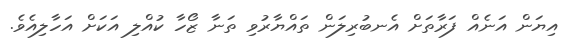
އިޔަން އަނެއް ފަރާތަށް އެނބުރިލަން ތައްޔާރުވި ތަނާ ޒޯހާ ކުއްލި އަކަށް އަހާލިއެވެ.